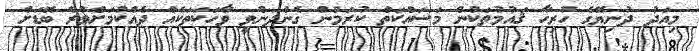
މިއަދު ދުނިޔޭގެ ހުރިހާ ޤައުމުތަކުން މަސައްކަތް ކުރަމުން ގެންދަންވީ ވާހަކަތަކެއް ދެއްކުމަށްވުރެ ބޮޑަށް